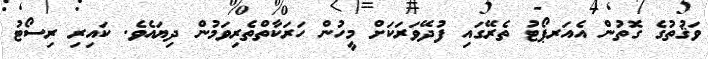
ވަޤުތުގެ ގޮތުން އެއަރޕޯޓު ތެރޭގައި ފުދޭވަރަކަށް މީހުން ހަރަކާތްތެރިވަމުން ދިޔައެވެ. ކައިރި ރިސޯޓު